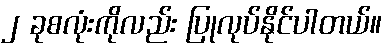
၂ ခုစလုံးကိုလည်း ပြုလုပ်နိုင်ပါတယ်။